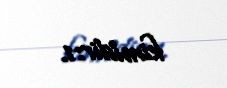
kimidir:1.